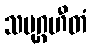
သမုဂ္ဂဟီတံ